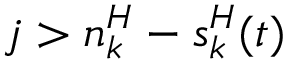
j > n _ { k } ^ { H } - s _ { k } ^ { H } ( t )